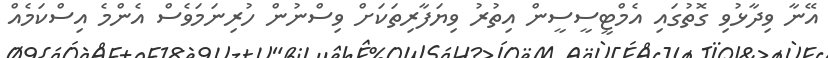
އޭނާ ވިދާޅުވި ގޮތުގައި އެމްޓީސީސީން އިތުރު ވިޔަފާރިތަކަށް ވިސްނުން ހުރިނަމަވެސް އެންމެ އިސްކަމެއް